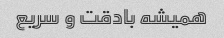
همیشه بادقت و سریع